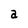
Character: a